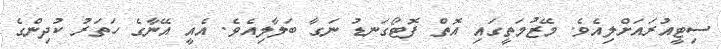
ސިޓީއުރައަށްލިއެވެ. މޭޒުމަތީގައި އޮތް ފޮޓޯގަނޑު ނަގާ ބަލާލިއެވެ. އެއީ އޭނާގެ ހަތަރު ކުދިންގެ